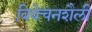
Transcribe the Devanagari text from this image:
विवेचनशैली